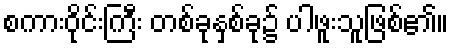
စကားဝိုင်းကြီး တစ်ခုနှစ်ခု၌ ပါဖူးသူဖြစ်၏။